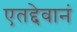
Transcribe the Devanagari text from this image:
एतद्देवानं